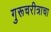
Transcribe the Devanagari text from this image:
गुरूचरीत्राचा